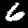
Label: 6